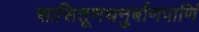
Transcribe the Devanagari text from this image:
सासितूणधनुर्बाणपाणिं